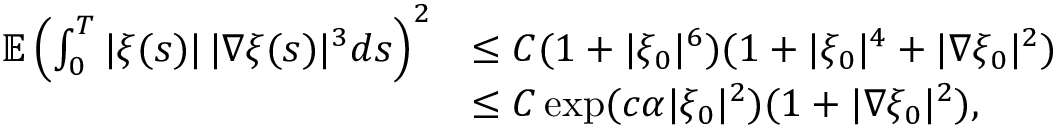
\begin{array} { r l } { \mathbb { E } \left( \int _ { 0 } ^ { T } | \xi ( s ) | \, | \nabla \xi ( s ) | ^ { 3 } d s \right) ^ { 2 } } & { \leq C ( 1 + | \xi _ { 0 } | ^ { 6 } ) ( 1 + | \xi _ { 0 } | ^ { 4 } + | \nabla \xi _ { 0 } | ^ { 2 } ) } \\ & { \leq C \exp ( c \alpha | \xi _ { 0 } | ^ { 2 } ) ( 1 + | \nabla \xi _ { 0 } | ^ { 2 } ) , } \end{array}